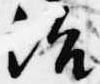
治